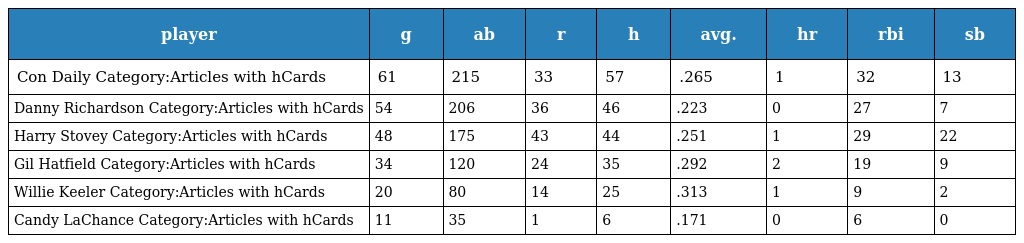
| player | g | ab | r | h | avg. | hr | rbi | sb |
 | --- | --- | --- | --- | --- | --- | --- | --- | --- |
 | Con Daily Category:Articles with hCards | 61 | 215 | 33 | 57 | .265 | 1 | 32 | 13 |
 | Danny Richardson Category:Articles with hCards | 54 | 206 | 36 | 46 | .223 | 0 | 27 | 7 |
 | Harry Stovey Category:Articles with hCards | 48 | 175 | 43 | 44 | .251 | 1 | 29 | 22 |
 | Gil Hatfield Category:Articles with hCards | 34 | 120 | 24 | 35 | .292 | 2 | 19 | 9 |
 | Willie Keeler Category:Articles with hCards | 20 | 80 | 14 | 25 | .313 | 1 | 9 | 2 |
 | Candy LaChance Category:Articles with hCards | 11 | 35 | 1 | 6 | .171 | 0 | 6 | 0 |